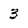
Character: 3